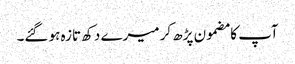
آپ کا مضمون پڑھ کر میرے دکھ تازہ ہو گئے۔